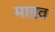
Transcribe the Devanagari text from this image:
माडव